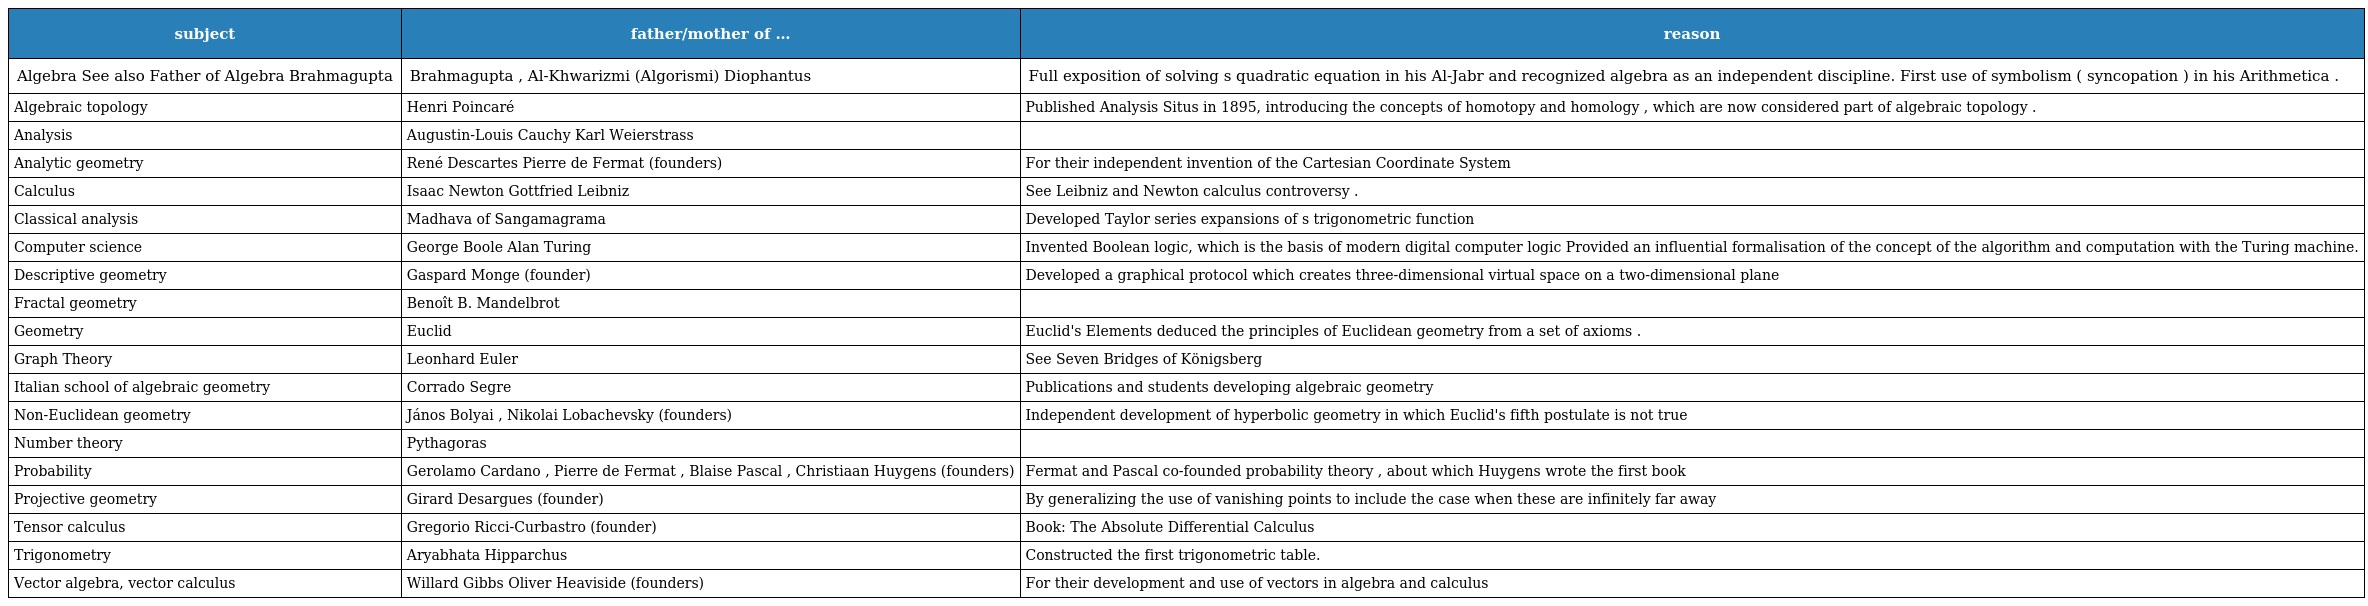
| subject | father/mother of … | reason |
 | --- | --- | --- |
 | Algebra See also Father of Algebra Brahmagupta | Brahmagupta , Al-Khwarizmi (Algorismi) Diophantus | Full exposition of solving s quadratic equation in his Al-Jabr and recognized algebra as an independent discipline. First use of symbolism ( syncopation ) in his Arithmetica . |
 | Algebraic topology | Henri Poincaré | Published Analysis Situs in 1895, introducing the concepts of homotopy and homology , which are now considered part of algebraic topology . |
 | Analysis | Augustin-Louis Cauchy Karl Weierstrass |  |
 | Analytic geometry | René Descartes Pierre de Fermat (founders) | For their independent invention of the Cartesian Coordinate System |
 | Calculus | Isaac Newton Gottfried Leibniz | See Leibniz and Newton calculus controversy . |
 | Classical analysis | Madhava of Sangamagrama | Developed Taylor series expansions of s trigonometric function |
 | Computer science | George Boole Alan Turing | Invented Boolean logic, which is the basis of modern digital computer logic Provided an influential formalisation of the concept of the algorithm and computation with the Turing machine. |
 | Descriptive geometry | Gaspard Monge (founder) | Developed a graphical protocol which creates three-dimensional virtual space on a two-dimensional plane |
 | Fractal geometry | Benoît B. Mandelbrot |  |
 | Geometry | Euclid | Euclid's Elements deduced the principles of Euclidean geometry from a set of axioms . |
 | Graph Theory | Leonhard Euler | See Seven Bridges of Königsberg |
 | Italian school of algebraic geometry | Corrado Segre | Publications and students developing algebraic geometry |
 | Non-Euclidean geometry | János Bolyai , Nikolai Lobachevsky (founders) | Independent development of hyperbolic geometry in which Euclid's fifth postulate is not true |
 | Number theory | Pythagoras |  |
 | Probability | Gerolamo Cardano , Pierre de Fermat , Blaise Pascal , Christiaan Huygens (founders) | Fermat and Pascal co-founded probability theory , about which Huygens wrote the first book |
 | Projective geometry | Girard Desargues (founder) | By generalizing the use of vanishing points to include the case when these are infinitely far away |
 | Tensor calculus | Gregorio Ricci-Curbastro (founder) | Book: The Absolute Differential Calculus |
 | Trigonometry | Aryabhata Hipparchus | Constructed the first trigonometric table. |
 | Vector algebra, vector calculus | Willard Gibbs Oliver Heaviside (founders) | For their development and use of vectors in algebra and calculus |